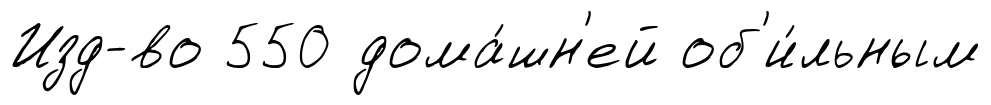
Изд-во 550 дома́шн'ей об'и́льным